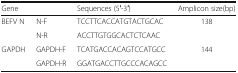
<table><thead><tr><td><b>Gene</b></td><td></td><td><b>Sequences (5′-3′)</b></td><td><b>Amplicon size(bp)</b></td></tr></thead><tbody><tr><td rowspan="2">BEFV N</td><td>N-F</td><td>TCCTTCACCATGTACTGCAC</td><td rowspan="2">138</td></tr><tr><td>N-R</td><td>ACCTTGTGGCACTCTCAAC</td></tr><tr><td rowspan="2">GAPDH</td><td>GAPDH-F</td><td>TCATGACCACAGTCCATGCC</td><td rowspan="2">144</td></tr><tr><td>GAPDH-R</td><td>GGATGACCTTGCCCACAGCC</td></tr></tbody></table>